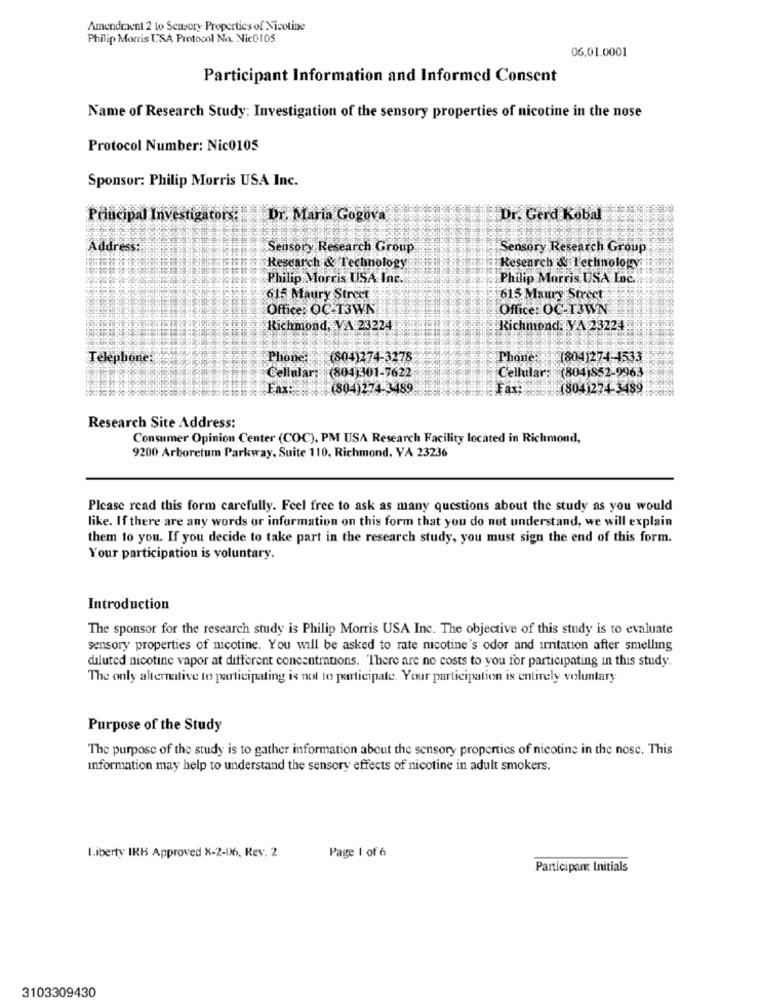
Amendment 2 to Sensory Properties of Nicotine
Philip Morris USA Protocol No. Nic@105
06.01.0001
Participant Information and Informed Consent
Name of Research Study: Investigation of the sensory properties of nicotine in the nose
Protocol Number: Nic0105
Sponsor: Philip Morris USA Inc.
Principal Investigators:
Dr. Maria Gogova
Dr. Gerd Kobal
Address:
Sensory Research Group
Sensory Research Group
Research & Technology
Research & Technology
Philip Morris USA Inc.
Philip Morris USA Inc.
615 Maury Street
615 Maury Street
Office: OC-T3WN
Office: OC-T3WN
Richmond, VA 23224
Richmond. VA 23224
Telephone
Phone
(804)274-3278
Phone
1804)274-4533
Cellular: (804)852-9963
Cellular: (804)301-7622
(804)274-3489
Far
18041274-3489
Research Site Address:
Consumer Opinion Center (COC), PM USA Research Facility located in Richmond,
9200 Arboretum Parkway, Suite 110, Richmond, VA 23236
Please read this form carefully. Feel free to ask as many questions about the study as you would
like. If there are any words or information on this form that you do not understand, we will explain
them to you. If you decide to take part in the research study, you must sign the end of this form.
Your participation is voluntary.
Introduction
The sponsor for the research study is Philip Morris USA Inc. The objective of this study is to evaluate
sensory properties of nicotine. You will be asked to rate nicotine's odor and irritation after smelling
diluted nicotine vapor at different concentrations. "There are no costs to you for participating in this study.
The only alternative to participating is not to participate. Your participation is entirely voluntary
Purpose of the Study
The purpose of the study is to gather information about the sensory properties of nicotine in the nosc. This
Information may help to understand the sensory effects of nicotine in adult smokers.
Liberty IRB Approved X-2-06, Rev. 2
Page 1 of 6
Participant Initials
3103309430